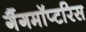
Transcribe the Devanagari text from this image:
गैंगमॉप्टरिस